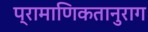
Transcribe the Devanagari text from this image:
प्रामाणिकतानुराग